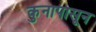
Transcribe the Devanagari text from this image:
कुनापासून